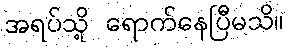
အရပ်သို့ ရောက်နေပြီမသိ။